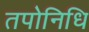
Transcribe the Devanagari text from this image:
तपोनिधि